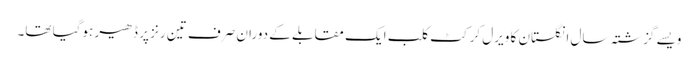
ویسے گزشتہ سال انگلستان کا ویرل کرکٹ کلب ایک مقابلے کے دوران صرف تین رنز پر ڈھیر ہوگیا تھا۔